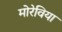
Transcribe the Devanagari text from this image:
मोरेविया